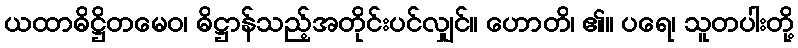
ယထာဓိဋ္ဌိတမေဝ၊ ဓိဋ္ဌာန်သည့်အတိုင်းပင်လျှင်။ ဟောတိ၊ ၏။ ပရေ၊ သူတပါးတို့